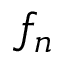
f _ { n }